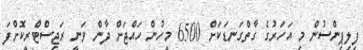
ފިލިޕިންސުން މި އަހަރުގެ ގާތްގަނޑަކަށް 6500 މީހުން ހައްޖަށް ދާން ވަނީ ރަޖިސްޓްރީކޮށްފަ